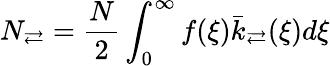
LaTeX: N_{\rightleftarrows}=\frac{N}{2}\int_{0}^{\infty}f(\xi)\bar{k}_{\rightleftarrows}(\xi)d\xi